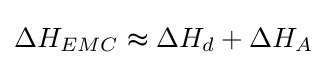
\Delta H_{EMC}\thickapprox \Delta H_{d}+\Delta H_{A}